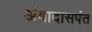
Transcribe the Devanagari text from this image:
अंबादासपंत